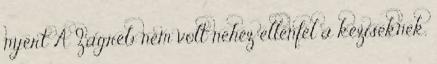
nyert A Zagreb nem volt nehéz ellenfél a kéziseknek.